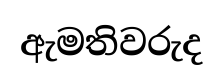
ඇමතිවරුද